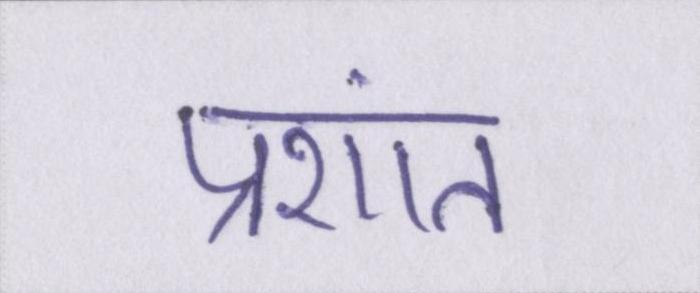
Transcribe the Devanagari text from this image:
प्रशांत